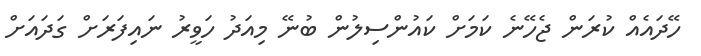
ހޭދައެއް ކުރަން ޖެހޭނެ ކަމަށް ކައުންސިލުން ބުނޭ މިއަދު ހަވީރު ނައިފަރަށް ގަދައަށް